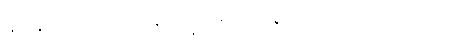
နွားနှင့်တူသော။ ဓနံ၊ ဥစ္စာသည်။ နတ္ထိ၊ မရှိ။ သူရိယသမာ၊